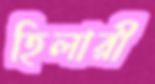
হিলারী